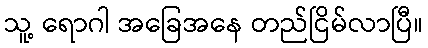
သူ့ ရောဂါ အခြေအနေ တည်ငြိမ်လာပြီ။